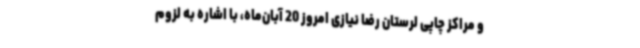
و مراکز چاپی لرستان رضا نیازی امروز 20 آبان‌ماه، با اشاره به لزوم